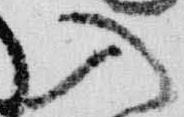
入